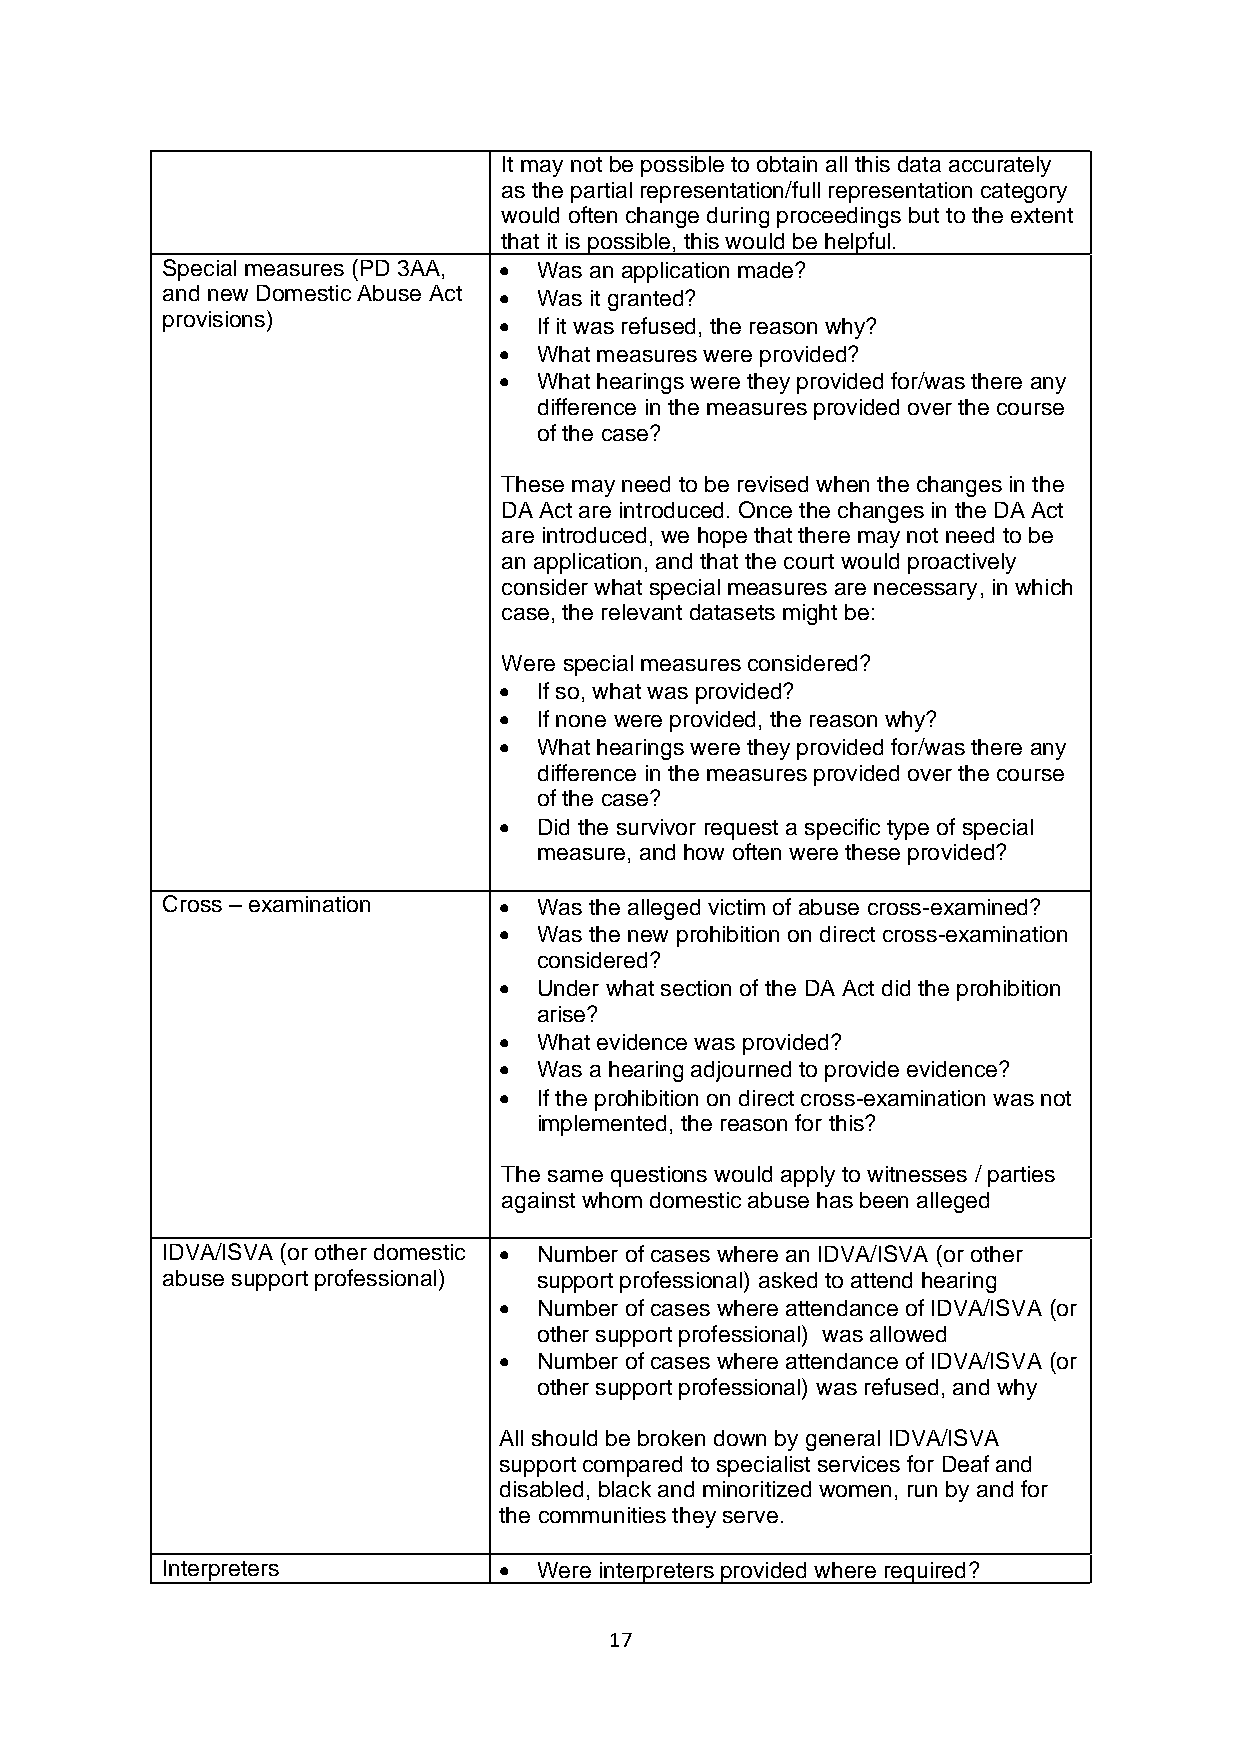
It may not be possible to obtain all this data accurately
 as the partial representation/full representation category
 would often change during proceedings but to the extent
 that it is possible, this would be helpful.
 Special measures (PD 3AA, • Was an application made?
 and new Domestic Abuse Act • Was it granted?
 provisions)
 • If it was refused, the reason why?
 • What measures were provided?
 • What hearings were they provided for/was there any
 difference in the measures provided over the course
 of the case?
 These may need to be revised when the changes in the
 DA Act are introduced. Once the changes in the DA Act
 are introduced, we hope that there may not need to be
 an application, and that the court would proactively
 consider what special measures are necessary, in which
 case, the relevant datasets might be:
 Were special measures considered?
 • If so, what was provided?
 • If none were provided, the reason why?
 • What hearings were they provided for/was there any
 difference in the measures provided over the course
 of the case?
 • Did the survivor request a specific type of special
 measure, and how often were these provided?
 Cross – examination   • Was the alleged victim of abuse cross-examined?
 • Was the new prohibition on direct cross-examination
 considered?
 • Under what section of the DA Act did the prohibition
 arise?
 • What evidence was provided?
 • Was a hearing adjourned to provide evidence?
 • If the prohibition on direct cross-examination was not
 implemented, the reason for this?
 The same questions would apply to witnesses / parties
 against whom domestic abuse has been alleged
 IDVA/ISVA (or other domestic • Number of cases where an IDVA/ISVA (or other
 abuse support professional) support professional) asked to attend hearing
 • Number of cases where attendance of IDVA/ISVA (or
 other support professional) was allowed
 • Number of cases where attendance of IDVA/ISVA (or
 other support professional) was refused, and why
 All should be broken down by general IDVA/ISVA
 support compared to specialist services for Deaf and
 disabled, black and minoritized women, run by and for
 the communities they serve.
 Interpreters          • Were interpreters provided where required?
 17